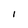
Character: I